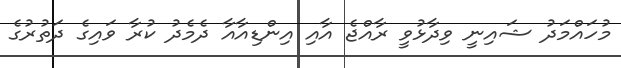
މުހައްމަދު ޝައިނީ ވިދާޅުވީ ރާއްޖެ އާއި އިންޑިއާއާ ދެމެދު ކުރާ ވައިގެ ދަތުރުގެ